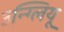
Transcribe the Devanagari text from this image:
उन्ग्लियू